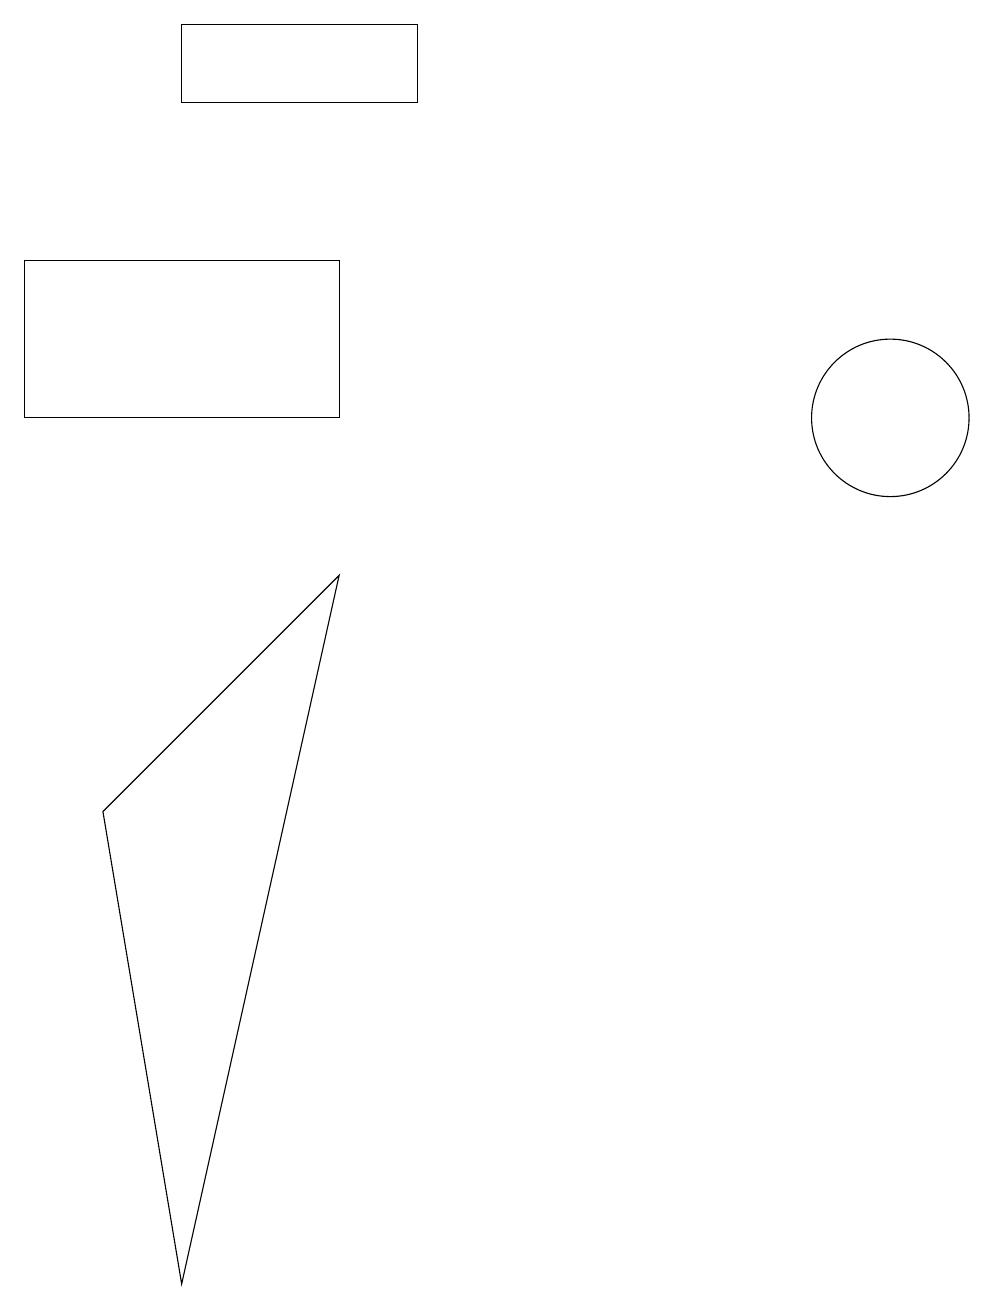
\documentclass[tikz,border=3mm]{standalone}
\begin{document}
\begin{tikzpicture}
\draw (11,11) circle (1);
\draw (4,9) -- (2,0) -- (1,6) -- cycle;
\draw (4,13) rectangle (0,11);
\draw (2,16) rectangle (5,15);
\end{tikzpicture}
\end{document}